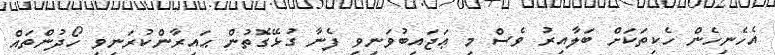
އެހެނިހެން ހެކިތަކަށް ބަލާއިރު ވެސް މި ޢަޖައިބުވަނިވި ފެނާ ގުޅޭގޮތުން ޙައިރާންކުރަނިވި ހޯދުންތައް